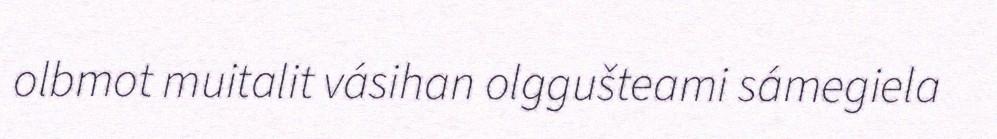
olbmot muitalit vásihan olggušteami sámegiela